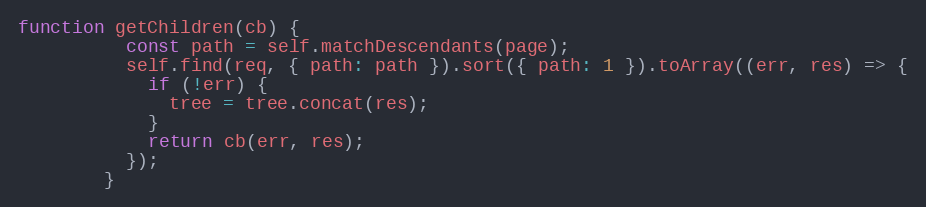
Language: JavaScript
function getChildren(cb) {
          const path = self.matchDescendants(page);
          self.find(req, { path: path }).sort({ path: 1 }).toArray((err, res) => {
            if (!err) {
              tree = tree.concat(res);
            }
            return cb(err, res);
          });
        }